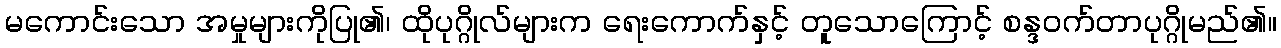
မကောင်းသော အမှုများကိုပြု၏၊ ထိုပုဂ္ဂိုလ်များက ရေးကောက်နှင့် တူသောကြောင့် စန္ဒဝက်တာပုဂ္ဂိုမည်၏။